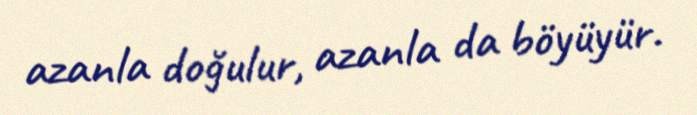
azanla doğulur, azanla da böyüyür.